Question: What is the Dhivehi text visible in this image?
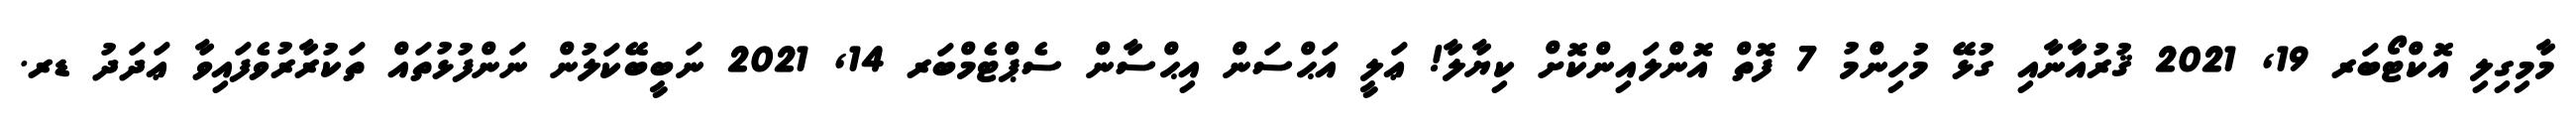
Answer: މާމިގިލި އޮކްޓޯބަރ 19, 2021 ޤުރުއާނާއި ގުޅޭ މުހިންމު 7 ފޮތް އޮންލައިންކޮށް ކިޔާލާ! ޢަލީ އަޙްސަން އިޙްސާން ސެޕްޓެމްބަރ 14, 2021 ނަބީބޭކަލުން ނަންފުޅުތައް ތަކުރާރުވެފައިވާ ޢަދަދު ޑރ.